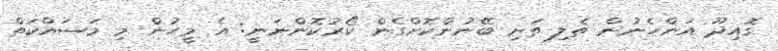
ގޮއިދޫ އަންހެނުން ތެލި ތަށި ބޭނުންކޮށްގެން ކޯރުކޮންނަނީ: އެ މީހުން މި މަސައްކަތް